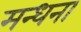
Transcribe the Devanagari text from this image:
मन्धना